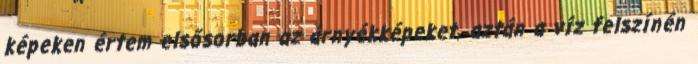
képeken értem elsősorban az árnyékképeket, aztán a víz felszínén